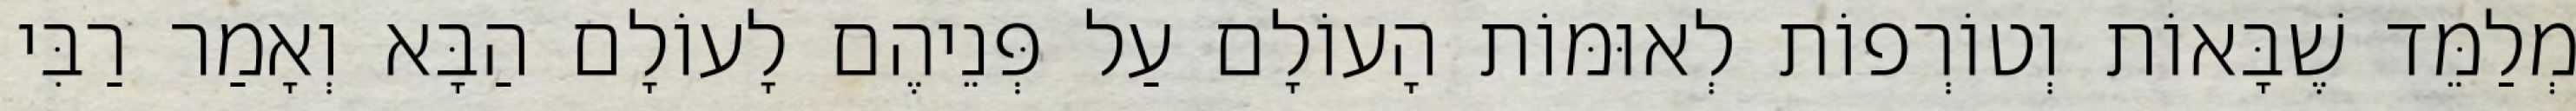
מְלַמֵּד שֶׁבָּאוֹת וְטוֹרְפוֹת לְאוּמּוֹת הָעוֹלָם עַל פְּנֵיהֶם לָעוֹלָם הַבָּא וְאָמַר רַבִּי